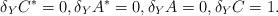
LaTeX: \begin{gather*}\delta_Y C^\ast=0 ,\delta_Y A^\ast=0 ,\delta_Y A=0 ,\delta_Y C=1 .\end{gather*}